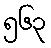
၅၆၃